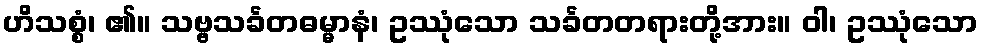
ဟိသစ္စံ၊ ၏။ သဗ္ဗသင်္ခတဓမ္မာနံ၊ ဥဿုံသော သင်္ခတတရားတို့အား။ ဝါ၊ ဥဿုံသော